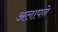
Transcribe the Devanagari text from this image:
अलापने